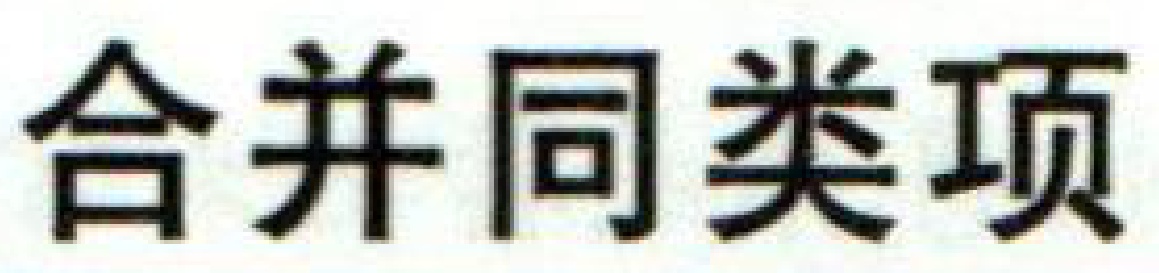
合并同类项